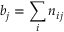
b _ { j } = \sum _ { i } n _ { i j }